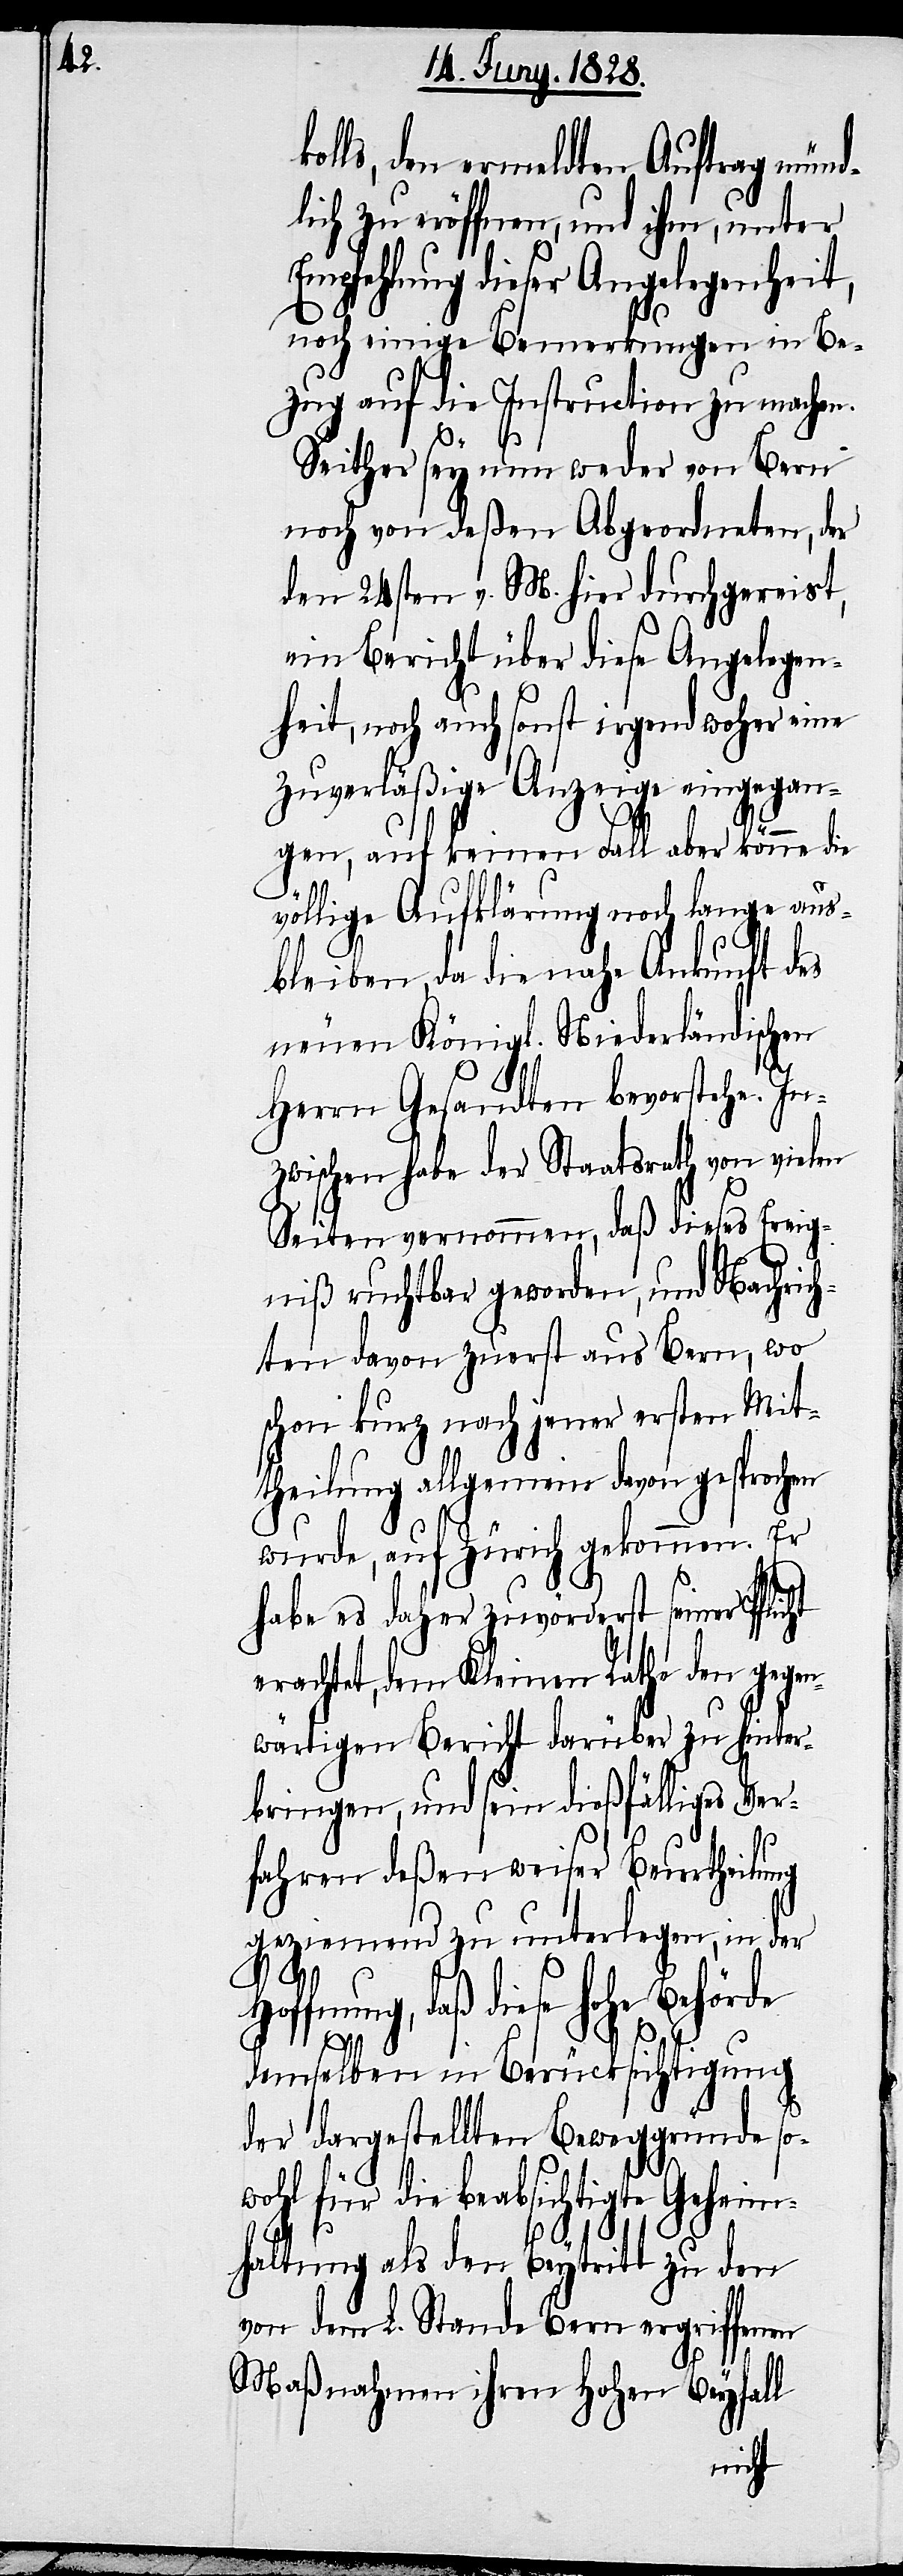
lls, den ermeldten Auftrag münd¬
lich zu eröffnen, und ihm, unter
Empfehlung dieser Angelegenheit,
noch einige Bemerkungen in Be¬
zug auf die Instruction zu machen.
Ho¬
Seither sey nun weder von Bern
noch von deßen Abgeordneten, der
den 24sten v. M. hier durchgereist,
ein Bericht über diese Angelegen¬
heit, noch auch sonst irgend woher eine
zuverläßige Anzeige eingegan¬
gen, auf keinen Fall aber könne die
völlige Aufklärung noch lange aus¬
bleiben, da die nahe Ankunft des
neuen Königl. Niederländischen
Herrn Gesandten bevorstehe. In¬
zwischen habe der Staatsrath von vielen
Seiten vernommen, daß dieses Ereig¬
niß ruchbar geworden, und Nachrich¬
ten davon zuerst aus Bern, wo
schon kurz nach jener ersten Mit¬
theilung allgemeine davon gesprochen
wurde, auf Zürich gekommen. Er
habe es daher zuvörderst seiner Pfl¬
erachtet, dem Kleinen Rathe den gegen¬
wärtigen Bericht darüber zu hinter¬
bringen, und sein dießfälliges Ver¬
fahren deßen weiser Beurtheilung
geziemend zu unterlegen, in der
ffnung, daß diese hohe
demselben in Berücksichtigung
der dargestellten Beweggründe so¬
wohl für die beabsichtigte Geheim¬
haltung als den Beytritt zu den
von dem L. Stande Bern ergriffenen
Maßnahmen ihren Hohen Beyfall
icht